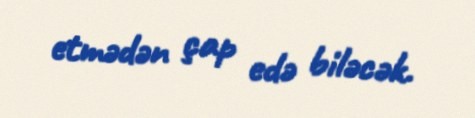
etmədən çap edə biləcək.